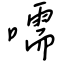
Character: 嚅